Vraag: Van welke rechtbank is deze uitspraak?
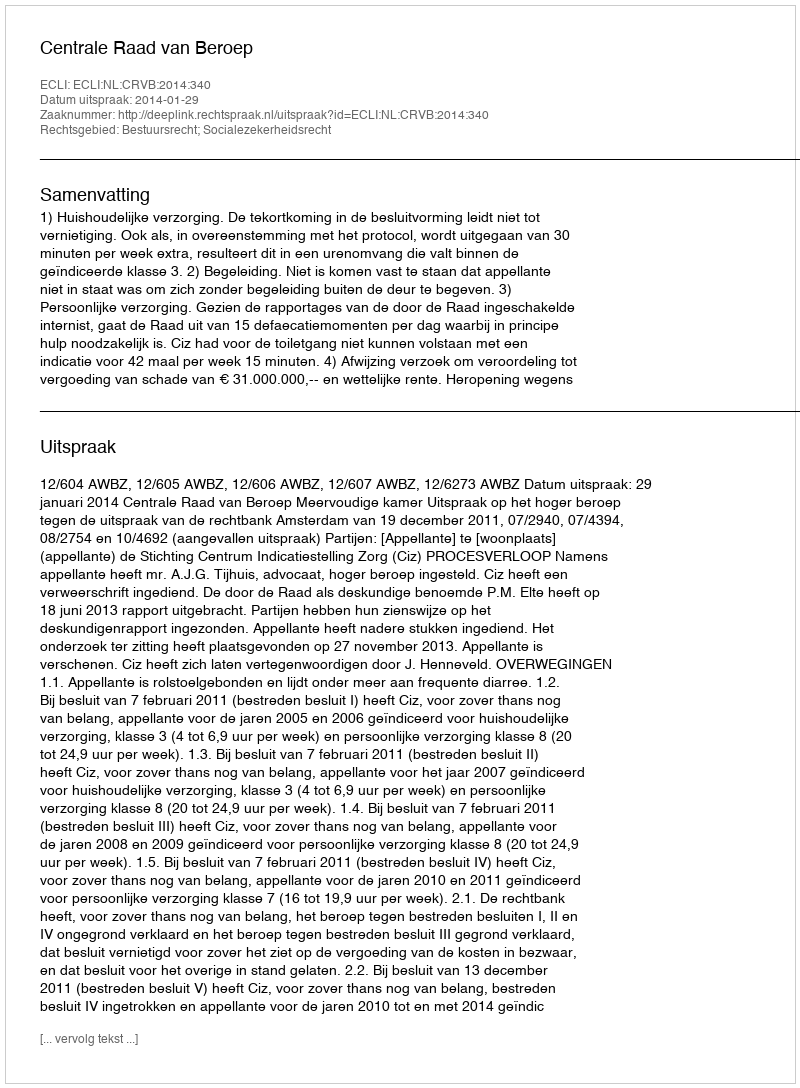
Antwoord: Centrale Raad van Beroep